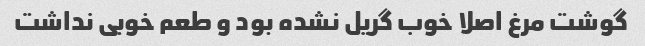
گوشت مرغ اصلا خوب گریل نشده بود و طعم خوبی نداشت